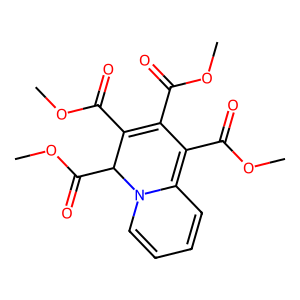
SMILES: COC(=O)C1=C(C(=O)OC)C(C(=O)OC)N2C=CC=CC2=C1C(=O)OC
Inhibits HIV replication: No